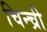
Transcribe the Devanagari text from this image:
चिन्च्री